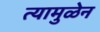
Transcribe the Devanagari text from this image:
त्यामुळेन